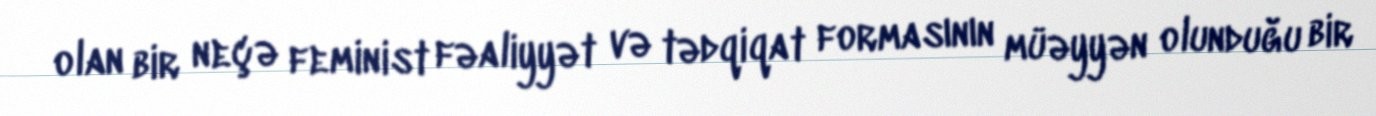
olan bir neçə feminist fəaliyyət və tədqiqat formasının müəyyən olunduğu bir